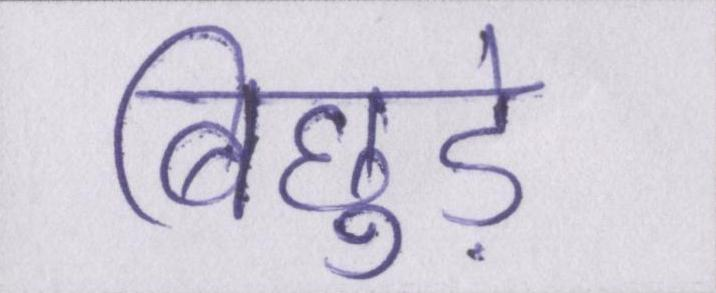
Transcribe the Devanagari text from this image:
बिछुड़े